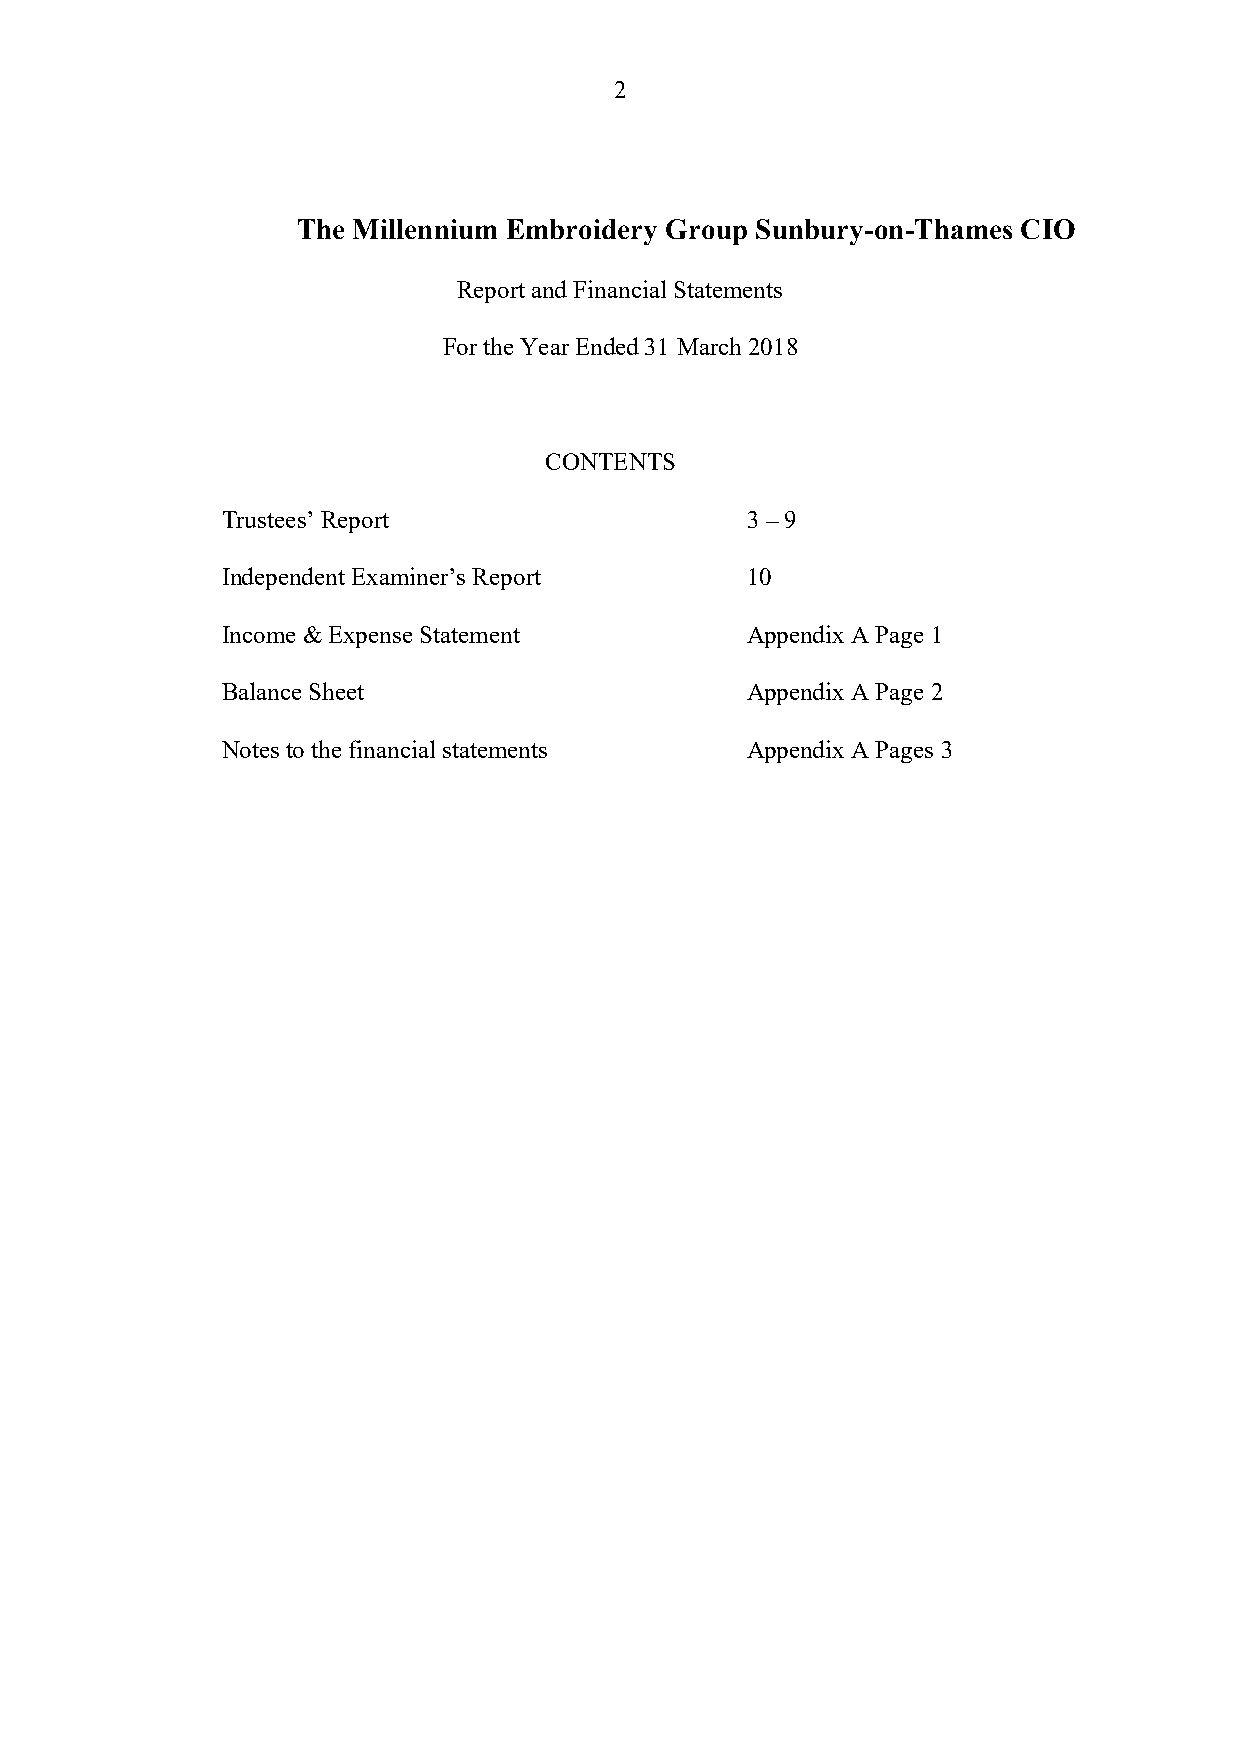
2
 The Millennium Embroidery Group Sunbury-on-Thames CIO
 Report and Financial Statements
 For the Year Ended 31 March 2018
 CONTENTS
 Trustees’ Report                  3 – 9
 Independent Examiner’s Report     10
 Income & Expense Statement        Appendix A Page 1
 Balance Sheet                     Appendix A Page 2
 Notes to the financial statements Appendix A Pages 3